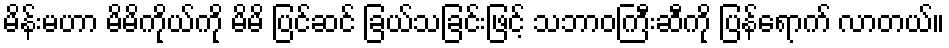
မိန်းမဟာ မိမိကိုယ်ကို မိမိ ပြင်ဆင် ခြယ်သခြင်းဖြင့် သဘာဝကြီးဆီကို ပြန်ရောက် လာတယ်။